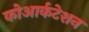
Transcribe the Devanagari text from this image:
कोआर्कटेशन